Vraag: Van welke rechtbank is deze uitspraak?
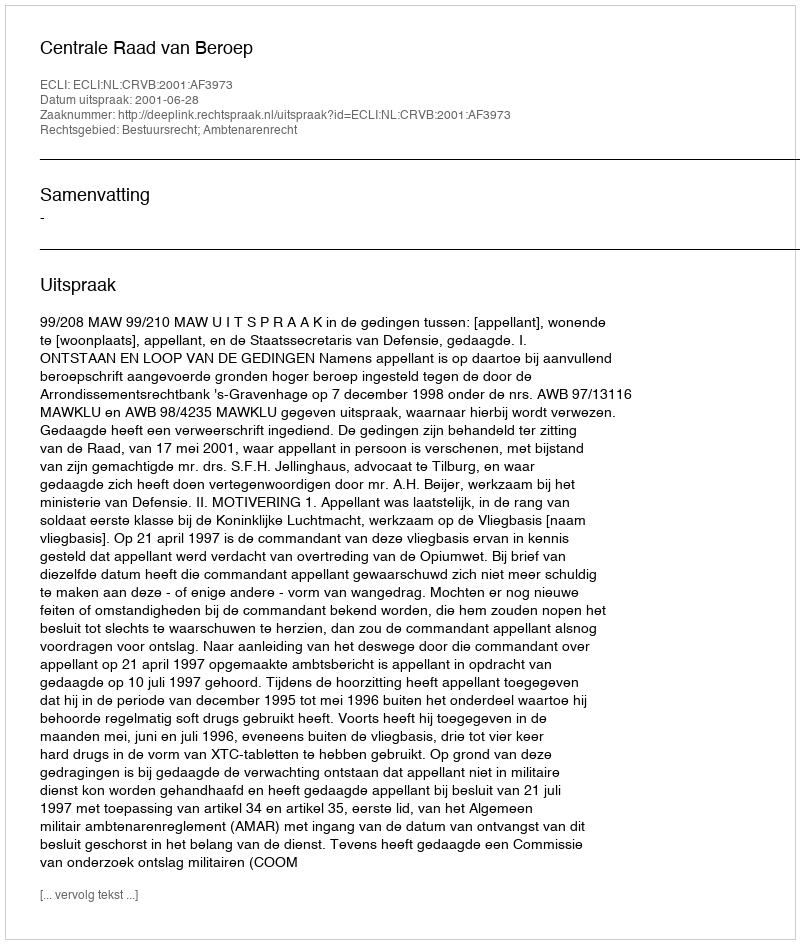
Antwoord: Centrale Raad van Beroep